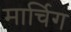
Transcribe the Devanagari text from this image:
मार्चिग